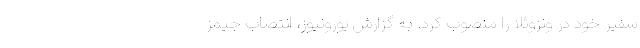
سفیر خود در ونزوئلا را منصوب کرد. به گزارش یورونیوز، انتصاب جیمز